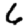
Digit: 6